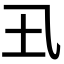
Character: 𡈾